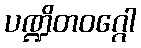
ပဏ္ဍိတဝဂ္ဂေါ